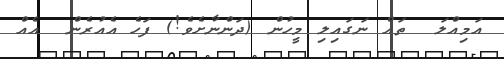
އަމިއްލަ  ތައް ނަގައިލި މީހުން (ދަންނާށެވެ!) ފަހެ އެއުރެން  އެއް